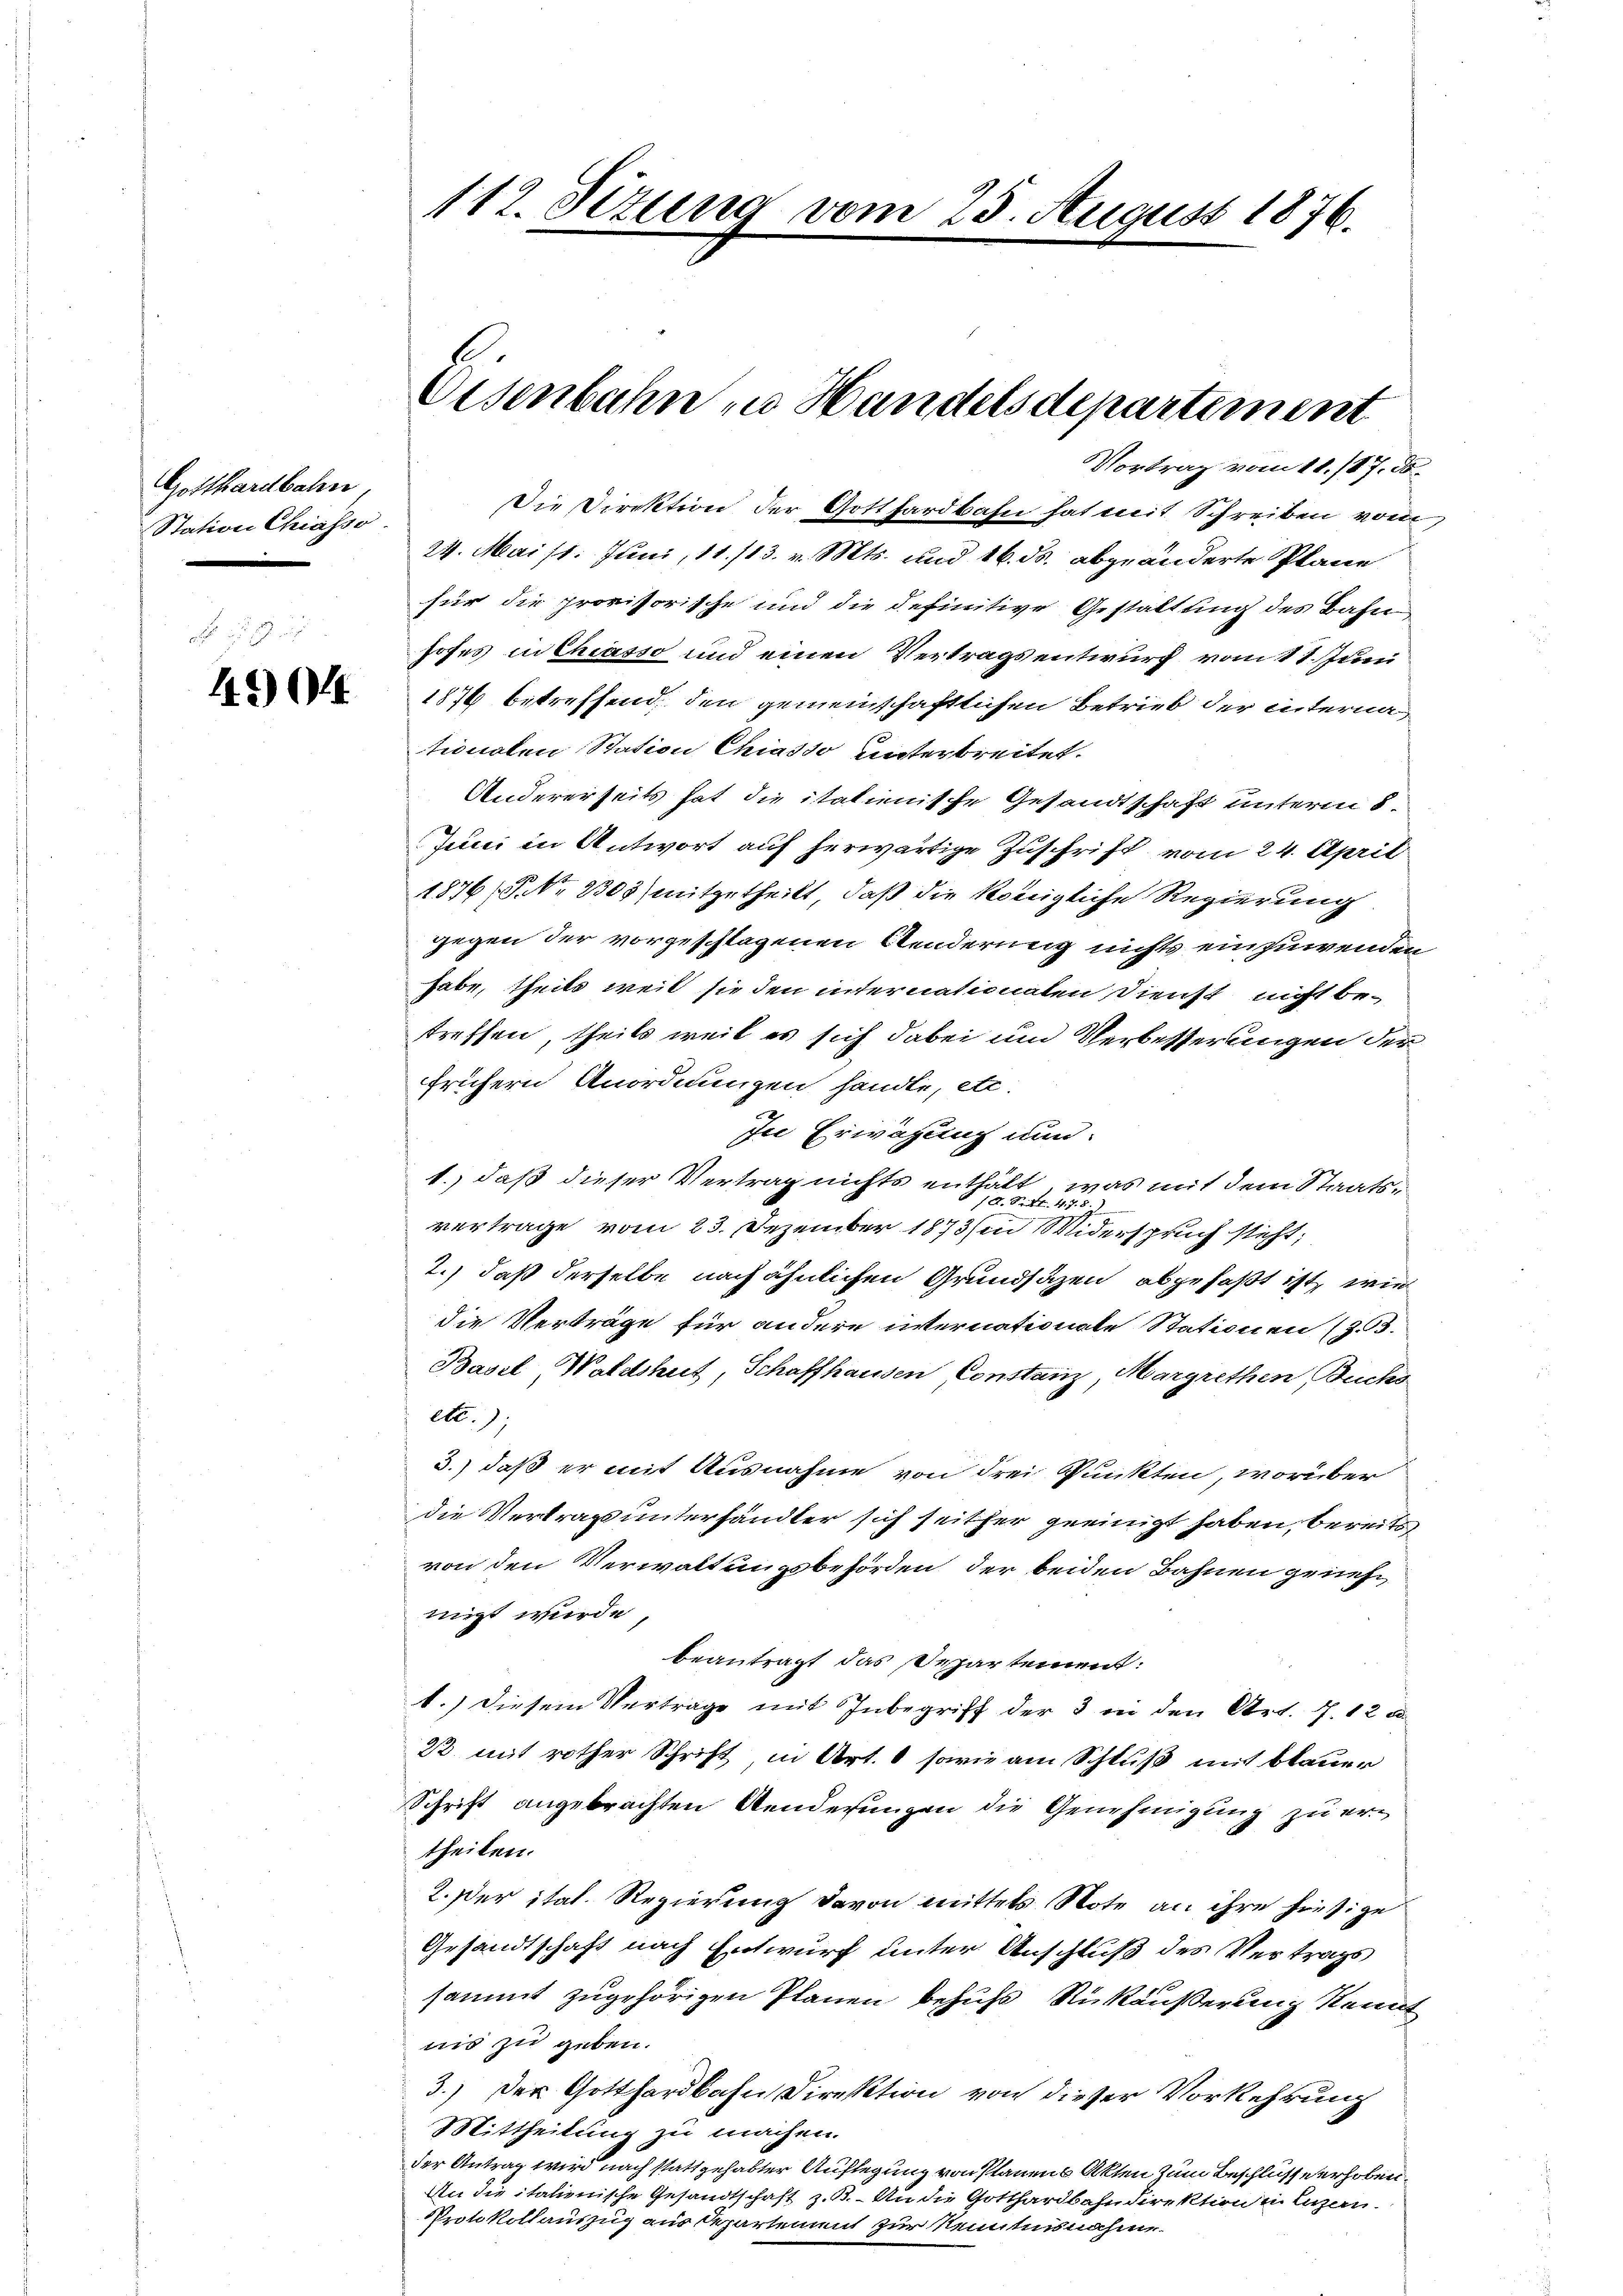
Gotthardbahn,
Station Chiasso.

4204

112. Sizung vom 25. August 1876.

Die Direktion der Gotthardbahn hat mit Schreiben vom
24. Mai 18. Juni, 11./13. v. Mts. und 16. ds. abgeänderte Plane
für die provisorische und die definitive Gestattung des Bahn
hofes in Chiasso und einen Vertragsentwurf vom 11. Juni
1876 betreffend, den gemeinschaftlichen Betrieb der interna
tionalen Station Chiasso Unterbreitet.
Andererseits hat die itationische Gesandtschaft unterm 8.
Jeuci in Antwort auf herwärtige Zuschrift vom 24. April
1876 (P NNo. 2303) mitgetheilt, daß die königliche Regierung
gegen der vorgeschlagenen Aenderung nichts einzuwenden
habe, theils weit sie den internationaten Dienst nicht betreffen, theils weil es sich dabei und Verbesserungen der
frühern Anordnungen handle, etc.
In Erwägung und
1., daß dieser Vertrag nichts enthält, was mit dem Staats¬
12. Seidl 4. d. 5.)
vertrage vom 23. Dezember 1873 in Widerspruch steht;
2.) daß derselbe nach ähnlichen Grundsäzen, abgefaßt ist, wie
die Verträge für andere internationate Stationen (Z. 93.
Basel, Waldshut, Schaffhausen Constanz, Margrethen, Buchs
ett.
3.) daß er mit Ausnahme von drei Punkten, worüber
die Vertrags unterhändler sich seither geeinigt haben, bereits
von den Verwaltungsbehörden der beiden Bahnen griefe
nicht werde,
beantragt das Departement:
1.) Diesem Vertrage mit Inbegriff der 3 in den Art. 7. 12 d
22 mit rother Schrift in Art. 1 sowie am Schluß mit blauer
Schrift angebrachten Aenderungen die Genehmigung zu ertheilen.
2. Der ital. Regierung davon mittels Note an ihre hiesige
Gesandtschaft nach Entwurf unter Anschluß des Vertrags
sammt zugehörigen Planen behufs Rückäußerung kennt
nis zu geben.
3.) Der Gotthardbahn Direktion von dieser Vorkehrung
Mittheilung zu machen.
der Antrag wird nach stattgehabter Auflegung von Plauen Akten zum Beschlusse erhoben
An die italienische Gesandtschaft z. B. An die Gotthardbahndirektion u. Luzern.
Protokollauszug aus Departement zur Kenntnisnahme.

Eisenbahn in Handelsdepartement

Vortrag vom 11. 187. ds.

a